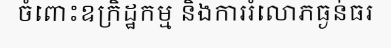
ចំពោះឧក្រិដ្ឋកម្ម និងការរំលោភធ្ងន់ធរ